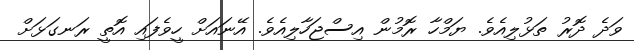
ވަދެ ދޮރު ތަޅުލިއެވެ. ޔަމްހާ ރޮމުން އިސްޖަހާލިއެވެ. އޭނައަށް ހީވެފައި އޮތީ ރަނގަޅަށް